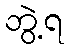
ဘွဲ့ရ